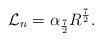
\begin{align*}{\cal {L}}_{n}= \alpha _{\frac {7}{2}} R^{\frac {7}{2}} .\end{align*}